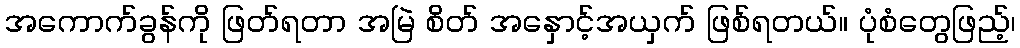
အကောက်ခွန်ကို ဖြတ်ရတာ အမြဲ စိတ် အနှောင့်အယှက် ဖြစ်ရတယ်။ ပုံစံတွေဖြည့်၊